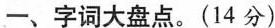
一、字词大盘点。(14分)